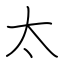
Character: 太